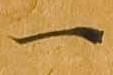
一